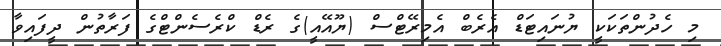
މި ހެދުންތަކަކީ ޔުނައިޓަޑް އެރެބް އެމިރޭޓްސް (ޔޫއޭއީ)ގެ ރެޑް ކްރެސެންޓްގެ ފަރާތުން ދީފައިވާ